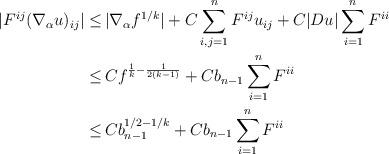
LaTeX: \begin{align*}\begin{aligned}|F^{ij} (\nabla_\alpha u)_{ij}| \leq \,& |\nabla_\alpha f^{1/k}| + C \sum_{i,j=1}^n F^{ij} u_{ij} + C |Du| \sum_{i=1}^n F^{ii}\\ \leq \,& Cf^{\frac{1}{k}-\frac{1}{2(k-1)}} + C b_{n-1} \sum_{i=1}^n F^{ii}\\ \leq\, &C b_{n-1}^{1/2-1/k}+ C b_{n-1} \sum_{i=1}^n F^{ii} \end{aligned}\end{align*}